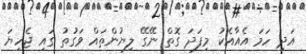
އަދި ހަމަ އެއާއެކު މިފަދަ ގޮތް ނޭގޭ ލިޔުންތައް ވަގުތު ގައި ޖެހިޔަ